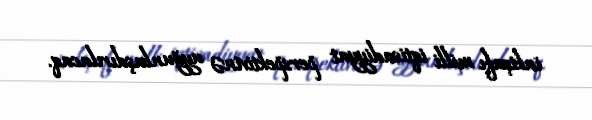
inkişafı milli iqtisadiyyat perspektivinə uyğunlaşdırılacaq.